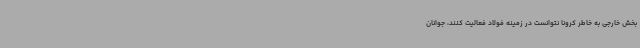
بخش خارجی به خاطر کرونا نتوانست در زمینه فولاد فعالیت کنند، جوانان